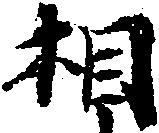
相